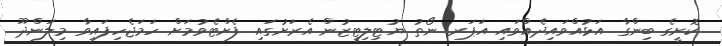
ކޮށީގެ ބިންގާ އަޅުއްވައިދެއްވައި އަޕަރ ނޯތު ޔުޓިލިޓީޒުން އެރަށުގައި ފެށްޓެވުމަށް ހަމަޖެހިފައިވާ މިލަންދޫ